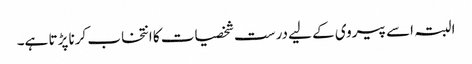
البتہ اسے پیروی کے لیے درست شخصیات کا انتخاب کرنا پڑتا ہے۔